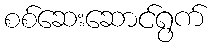
စစ်ဆေးဆောင်ရွက်